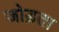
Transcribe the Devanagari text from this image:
जोड़ता